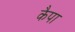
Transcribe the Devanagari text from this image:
कैपा